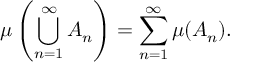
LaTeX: \mu \left( \bigcup _ { n = 1 } ^ { \infty } A _ { n } \right) = \sum _ { n = 1 } ^ { \infty } \mu ( A _ { n } ) .